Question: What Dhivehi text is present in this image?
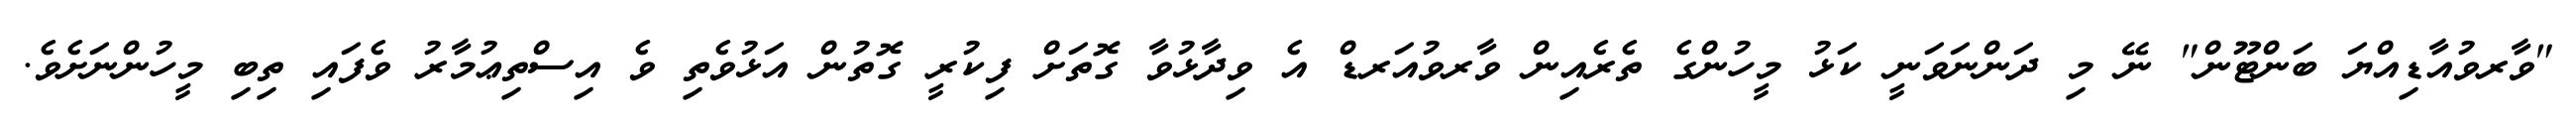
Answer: "ވާރވުއާޑިއްޔަ ބަންޓޫން" ނޭ މި ދަންނަވަނީ ކަޅު މީހުންގެ ތެރެއިން ވާރވުއަރޑް އެ ވިދާޅުވާ ގޮތަށް ފިކުރީ ގޮތުން އަޅުވެތި ވެ އިސްތިޢުމާރު ވެފައި ތިބި މީހުންނަށެވެ.